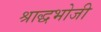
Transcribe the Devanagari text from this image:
श्राद्धभोजी